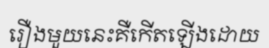
រឿងមួយនេះគឺកើតឡើងដោយ